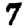
Digit: 7